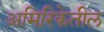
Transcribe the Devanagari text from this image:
अमिरिकेतील